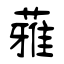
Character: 蕥